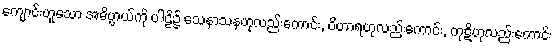
ကျောင်းဟူသော အဓိပ္ပာယ်ကို ပါဠိ၌ သေနာသနဟုလည်းကောင်း, ဝိဟာရဟုလည်းကောင်း, ကုဋိဟုလည်းကောင်း